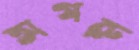
অগরু